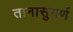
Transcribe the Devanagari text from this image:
तानासुगर्ण